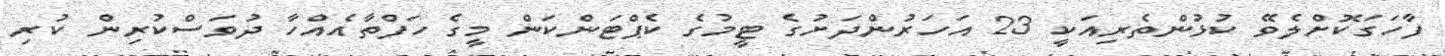
ފާހަގަކޮށްލެވޭ ކުޅުންތެރިއަކީ 23 އަހަރުންދަށުގެ ޓީމުގެ ކެޕްޓަންކަން މީގެ ހަފްތާއެއްހާ ދުވަސްކުރިން ކުރި